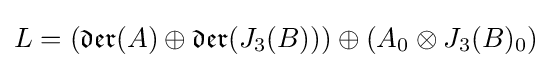
L=\left({\mathfrak {der}}(A)\oplus {\mathfrak {der}}(J_{3}(B))\right)\oplus \left(A_{0}\otimes J_{3}(B)_{0}\right)